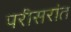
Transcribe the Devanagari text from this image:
परीसरांत